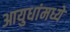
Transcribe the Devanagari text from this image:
आयुधांमध्ये